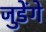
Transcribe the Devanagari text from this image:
जुडेंगे